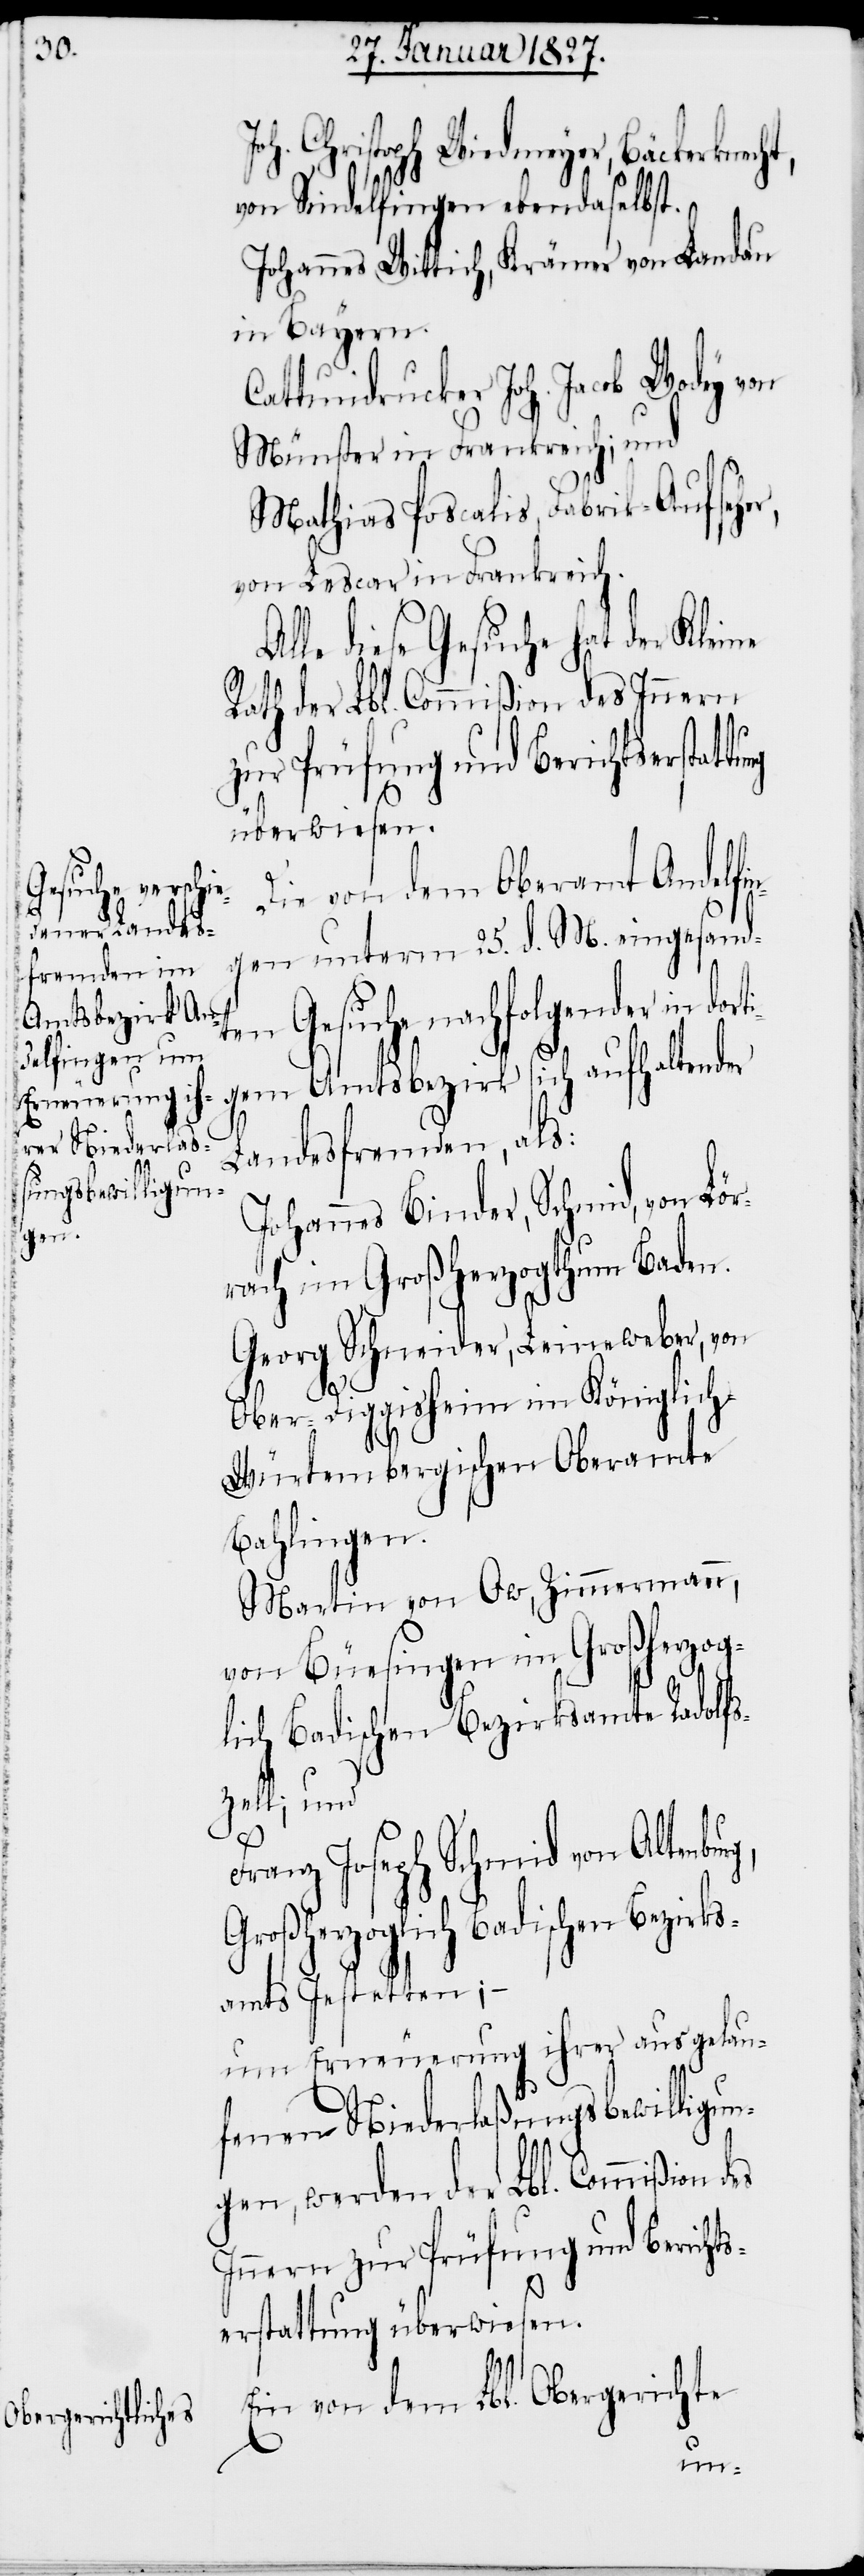
s¬

Joh. Christoph Wiedmeyer, Bäckerknecht,
von Sindelfingen ebendaselbst.
Johannes Wittich, Krämer von Landau
in Bayern.
Cattundrucker Joh. Jacob Wody von
Münster in Frankreich; und
Mathias Poscalis, Fabrik-Aufseher,
von Lescar in Frankreich.
Alle diese Gesuche hat der Kleine
Rath der Lbl. Commißion des Innern
zur Prüfung und Berichts¬
Die von dem Oberamt Andelfi¬
ngen unterm 25. d. M. eingesand¬
ten Gesuche nachfolgender in dor¬
gem Amtsbezirk sich aufhaltender
Landesfremder, als:
Johannes Binder, Schmid, von Lö¬
rach im Großherzogthum Baden.
Georg Schneider, Leineweber, von
Ober-Diggisheim im Königlich
Würtembergischen Oberamte
Bahlingen.
Martin von Ow, Zimmermann,
von Büesingen im Großherzog¬
lich Badischen Bezirksamte Radolf¬
szell; und
Franz Joseph Schmid von Altenbu¬
Großherzoglich Badischen Bezirk¬
samts Instetten; –
um Erneuerung ihrer ausgelau¬
fenen Niederlaßungsbewilligun¬
gen, werden der Lbl. Commißion
Innern zur Prüfung und Bericht¬
erstattung überwiesen.
Ein von dem Lbl. Obergerichte